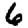
Digit: 6